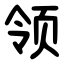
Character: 领